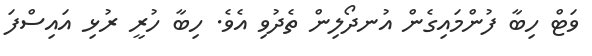
ވަޓް ހިބާ ފުންމައިގެން އުނދޯލިން ތެދުވި އެވެ. ހިބާ ހުރީ ރުޅި އައިސްފަ